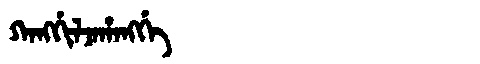
Manchu: ᡴᠠᠩᡤᡳᠯᠵᠠᡥᠠᠩᡤᡝ
Romanization: KANGGILJAHANGGE